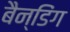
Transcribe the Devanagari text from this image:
बैन्डिंग